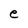
Character: e